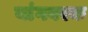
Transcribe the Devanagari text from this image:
यांगवरक